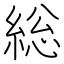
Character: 総